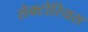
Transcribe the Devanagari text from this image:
सेक्टोरियस